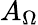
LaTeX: A_{\Omega}